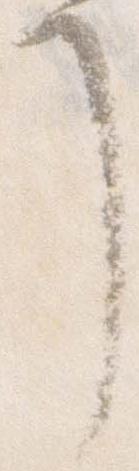
了